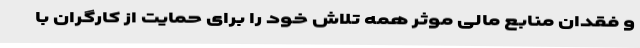
و فقدان منابع مالی موثر همه تلاش خود را برای حمایت از کارگران با